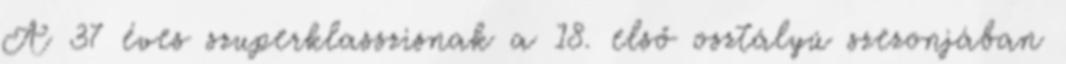
A 37 éves szuperklasszisnak a 18. első osztályú szezonjában